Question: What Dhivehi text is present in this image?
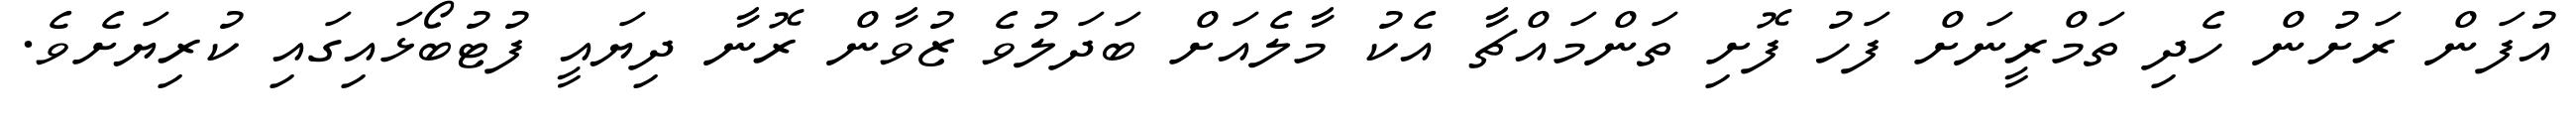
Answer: އުފަން ރަށުން ހެދި ތަމްރީނަށް ފަހު ފޮށި ތަންމައްޗާ އެކު މާލެއަށް ބަދަލުވެ ޒުވާން ރޮނާ ދިޔައީ ފުޓުބޯޅައިގައި ކުރިޔަށެވެ.